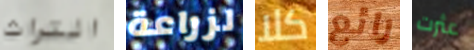
التراث لزراعة كلا رائع عثرت